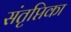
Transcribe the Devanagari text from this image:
संतृप्तिका